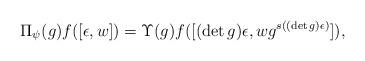
LaTeX: \begin{align*}\Pi_{\psi}(g) f([\epsilon, w])=\Upsilon(g) f([(\det g) \epsilon, wg^{s((\det g)\epsilon)}]),\end{align*}